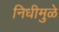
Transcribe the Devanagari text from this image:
निधीमुळे